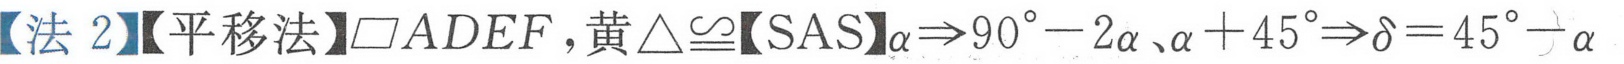
【法 2】【平移法】\(\square ADEF\)，黄\(\triangle\cong\)【SAS】\(\alpha\Rightarrow90^{\circ}-2\alpha、\alpha + 45^{\circ}\Rightarrow\delta=45^{\circ}-\alpha\)